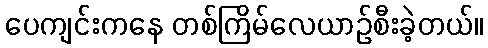
ပေကျင်းကနေ တစ်ကြိမ်လေယာဉ်စီးခဲ့တယ်။